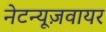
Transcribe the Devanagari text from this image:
नेटन्यूज़वायर